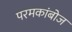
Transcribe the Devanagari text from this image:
परमकांबोज